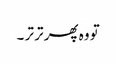
تو وہ پھر تر تر ۔